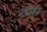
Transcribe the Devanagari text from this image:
य्प्रेस